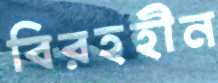
বিরহহীন